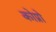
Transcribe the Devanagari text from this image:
कोप्रो